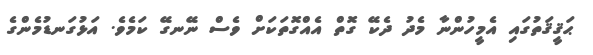
ޙަޤީޤަތުގައި އެމީހުންނާ މެދު ދެކޭ ގޮތް އެއްގޮތަކަށް ވެސް ނޭނގޭ ކަމެވެ. އަޅުގަނޑުމެންގެ